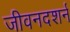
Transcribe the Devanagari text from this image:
जीवनदशर्न